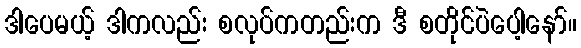
ဒါပေမယ့် ဒါကလည်း စလုပ်ကတည်းက ဒီ စတိုင်ပဲပေါ့နော်။